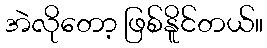
အဲလိုတော့ ဖြစ်နိူင်တယ်။